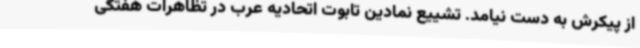
از پیکرش به دست نیامد. تشییع نمادین تابوت اتحادیه عرب در تظاهرات هفتگی